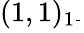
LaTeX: (1,1)_{1{\frac{}{}}}